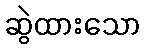
ဆွဲထားသော